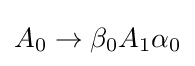
A_{0}\to \beta _{0}A_{1}\alpha _{0}